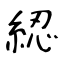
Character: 綛